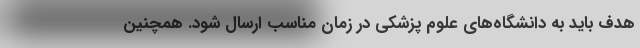
هدف باید به دانشگاه‌های علوم پزشکی در زمان مناسب ارسال شود. همچنین